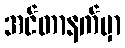
အင်တာနက်မှာ